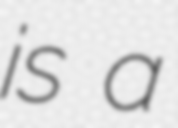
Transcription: is a